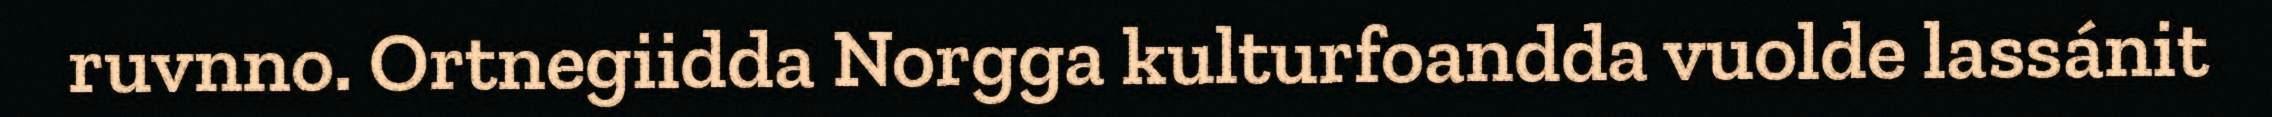
ruvnno. Ortnegiidda Norgga kulturfoandda vuolde lassánit